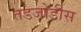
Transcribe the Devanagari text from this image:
तडजोडीस